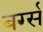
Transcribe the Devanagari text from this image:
बर्ग्स